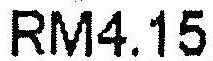
RM4.15